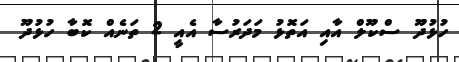
ހުޅުދޫ ސްކޫލް އާއި އަތޮޅު މަދަރުސާ އެއީ 2 ތަނެއް ކޮބާ ހުޅުދޫ